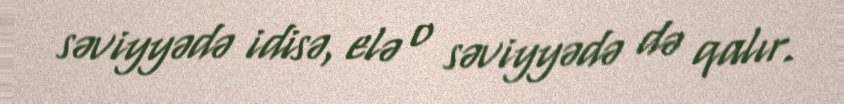
səviyyədə idisə, elə o səviyyədə də qalır.